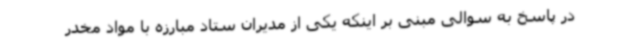
در پاسخ به سوالی مبنی بر اینکه یکی از مدیران ستاد مبارزه با مواد مخدر